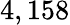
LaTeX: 4,158